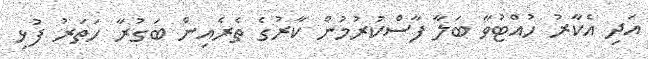
އަދި އެކާރު ހުއްޓުވާ ބަލާ ފާސްކުރުމުން ކާރުގެ ތެރެއިން ބަގުރާ ހަތަރު ފުޅި